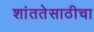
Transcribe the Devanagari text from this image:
शांततेसाठीचा